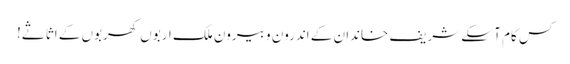
کس کام آ سکے شریف خاندان کے اندرون و بیرون ملک اربوں کھربوں کے اثاثے!